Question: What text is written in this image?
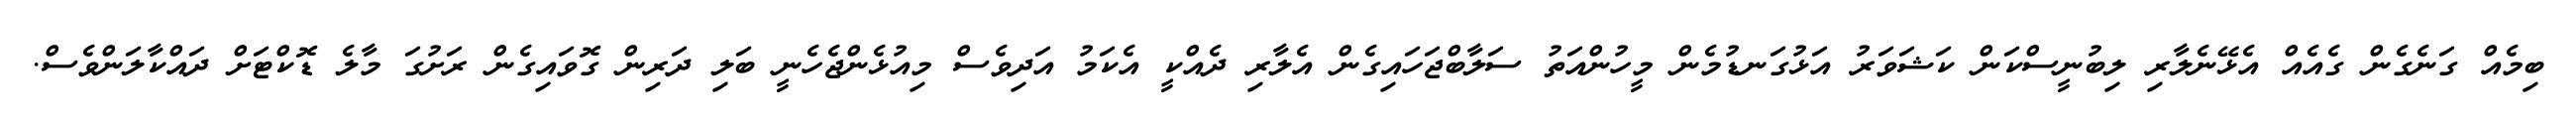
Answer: ބިމެއް ގަނެގެން ގެއެއް އެޅޭނެލާރި ލިބުނީސްކަން ކަޝަވަރު އަޅުގަނޑުމެން މީހުންއަތު ސަލާބްޖަހައިގެން އެލާރި ދެއްކީ އެކަމު އަދިވެސް މިއުޅެންޖެހެނީ ބަލި ދަރިން ގޮވައިގެން ރަށުގަ މާލެ ޑޮކްޓަށް ދައްކާލަންވެސް.